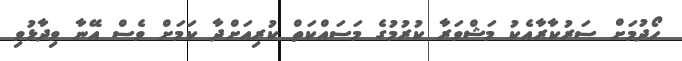
ހޯދުމަށް ސަރުކާރާއެކު މަޝްވަރާ ކުރުމުގެ މަސައްކަތް ކުރިއަށްދާ ކަަމަށް ވެސް އޭނާ ވިދާޅުވި